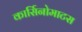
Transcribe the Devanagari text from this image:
कार्सिनोमाटस